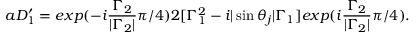
a D _ { 1 } ^ { \prime } = e x p ( - i \frac { { \Gamma } _ { 2 } } { | { \Gamma } _ { 2 } | } { \pi } / 4 ) 2 [ { \Gamma } _ { 1 } ^ { 2 } - i | \sin { \theta } _ { j } | { \Gamma } _ { 1 } ] e x p ( i \frac { { \Gamma } _ { 2 } } { | { \Gamma } _ { 2 } | } { \pi } / 4 ) .